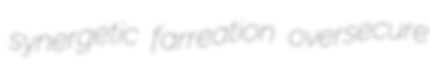
synergetic farreation oversecure